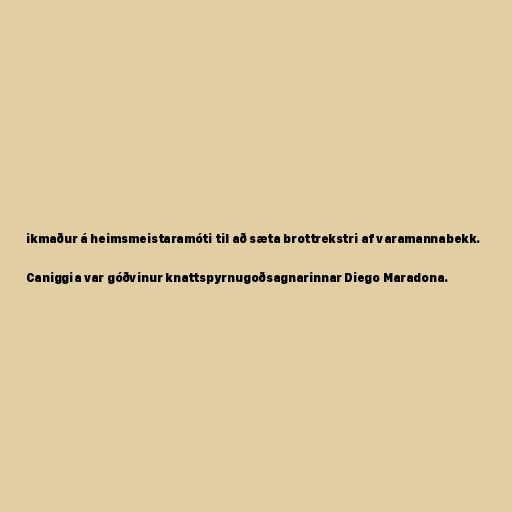
ikmaður á heimsmeistaramóti til að sæta brottrekstri af varamannabekk.

Caniggia var góðvinur knattspyrnugoðsagnarinnar Diego Maradona.